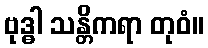
ဗုဒ္ဓါ သန္တိကရာ တုဝံ။